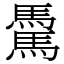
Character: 𩥋